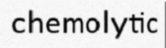
chemolytic